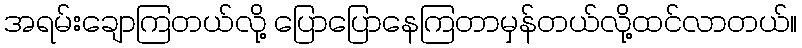
အရမ်းချောကြတယ်လို့ ပြောပြောနေကြတာမှန်တယ်လို့ထင်လာတယ်။